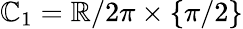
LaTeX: \mathbb{C}_{1}=\mathbb{{R}}/2\pi\times\{ \pi/2\}